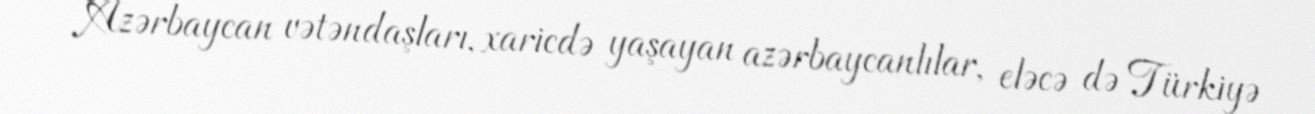
Azərbaycan vətəndaşları, xaricdə yaşayan azərbaycanlılar, eləcə də Türkiyə